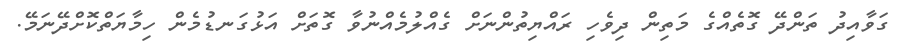
ގަވާއިދު ތަންދޭ ގޮތެއްގެ މަތިން ދިވެހި ރައްޔިތުންނަށް ގެއްލުމެއްނުވާ ގޮތަށް އަޅުގަނޑުމެން ހިމާޔަތްކޮށްދޭނަމޭ.